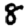
Digit: 8